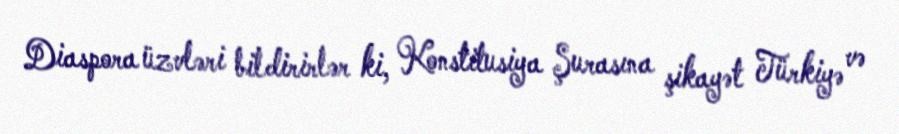
Diaspora üzvləri bildirirlər ki, Konstitusiya Şurasına şikayət Türkiyə və